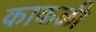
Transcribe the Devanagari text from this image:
काकळी